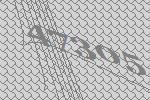
47305